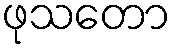
ဖုသတော